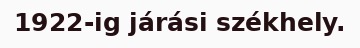
1922-ig járási székhely.